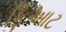
ફિઆટ